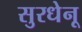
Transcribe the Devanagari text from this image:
सुरधेनू